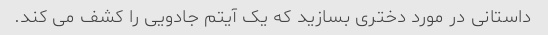
داستانی در مورد دختری بسازید که یک آیتم جادویی را کشف می کند.